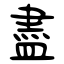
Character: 盡